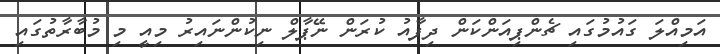
އަމިއްލަ ގައުމުގައި ޗެންޕިއަންކަން ދިފާއު ކުރަން ނޭޕާލް ނިކުންނައިރު މިއީ މި މުބާރާތުގައި